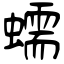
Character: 蠕